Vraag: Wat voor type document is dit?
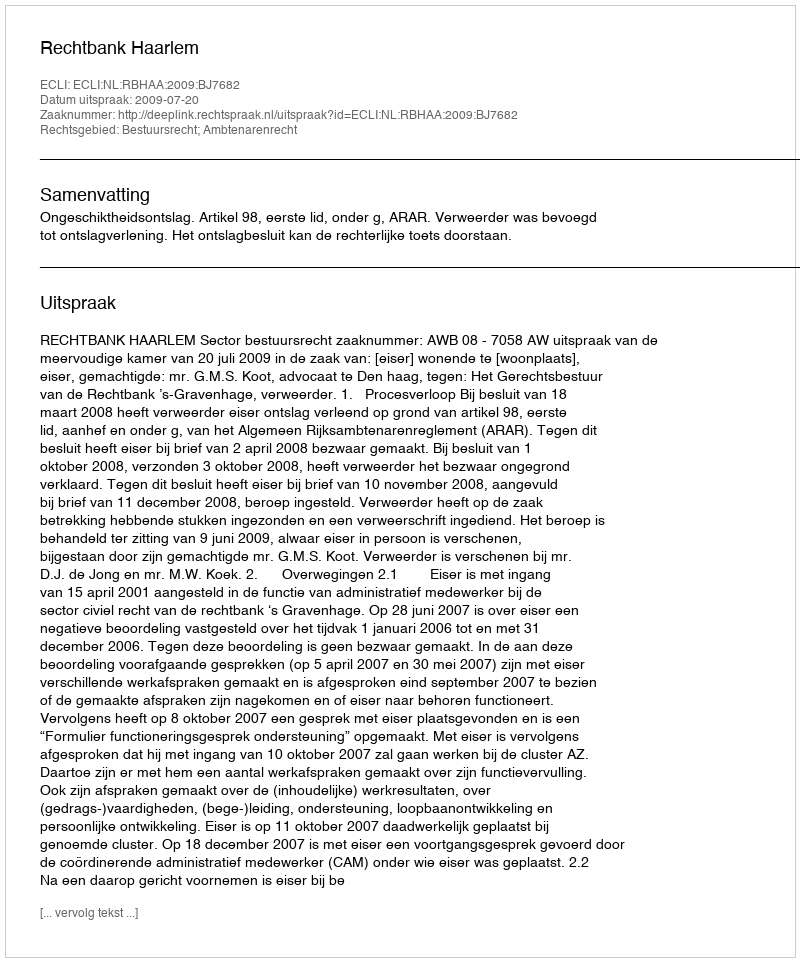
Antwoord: Uitspraak